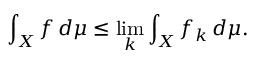
\int _ { X } f \, d \mu \leq \operatorname* { l i m } _ { k } \int _ { X } f _ { k } \, d \mu .